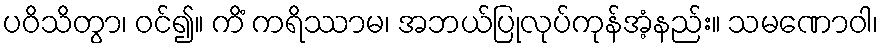
ပဝိသိတွာ၊ ဝင်၍။ ကိံ ကရိဿာမ၊ အဘယ်ပြုလုပ်ကုန်အံ့နည်း။ သမဏောဝါ၊